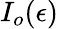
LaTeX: I_{o}(\epsilon)